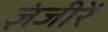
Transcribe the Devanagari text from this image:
ज़ंजीरें